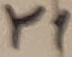
Text: Y1